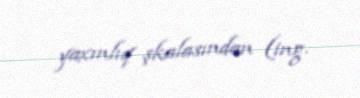
yaxınlıq şkalasından (ing.